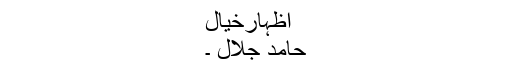
اظہارخیال
حامد جلال ۔